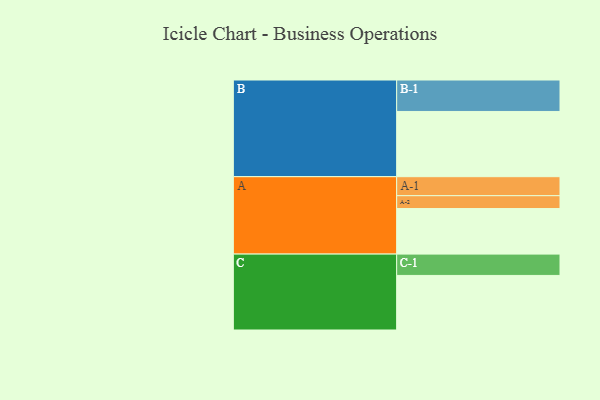
{"axis": {"x": "Segment", "y": "Value"}, "legend": ["", "A", "B", "C"], "data": [{"x": "A", "y": 333, "type": ""}, {"x": "B", "y": 477, "type": ""}, {"x": "C", "y": 399, "type": ""}, {"x": "A-1", "y": 139, "type": "A"}, {"x": "A-2", "y": 94, "type": "A"}, {"x": "B-1", "y": 230, "type": "B"}, {"x": "C-1", "y": 156, "type": "C"}]}